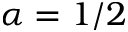
\alpha = 1 / 2